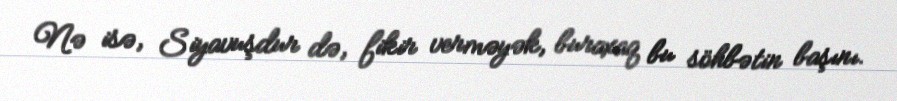
Nə isə, Siyavuşdur də, fikir verməyək, buraxaq bu söhbətin başını.